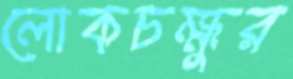
লোকচক্ষুর